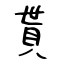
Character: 貰